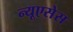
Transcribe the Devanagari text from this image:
न्यूएसेस